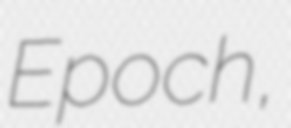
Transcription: Epoch,